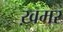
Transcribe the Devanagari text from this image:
ख़मर